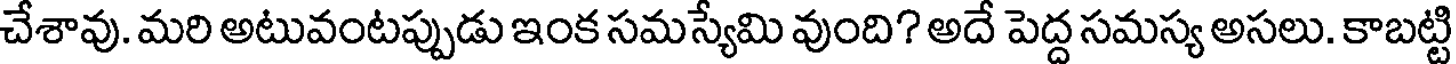
చేశావు. మరి అటువంటప్పుడు ఇంక సమస్యేమి వుంది? అదే పెద్ద సమస్య అసలు. కాబట్టి